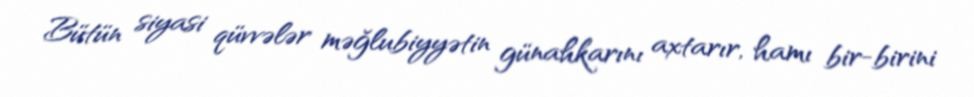
Bütün siyasi qüvvələr məğlubiyyətin günahkarını axtarır, hamı bir-birini